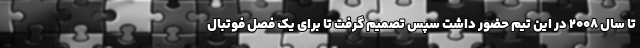
تا سال ۲۰۰۸ در این تیم حضور داشت سپس تصمیم گرفت تا برای یک فصل فوتبال